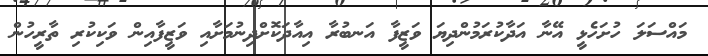
މައްސަލަ ހުށަހެޅީ އޭނާ އަދާކުރަމުންދިޔަ ވަޒީފާ އަނބުރާ އިއާދަކޮށްދިނުމަށާއި ވަޒީފާއިން ވަކިކުރި ތާރީހުން